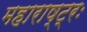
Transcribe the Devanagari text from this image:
महाराष्ट्रः